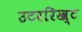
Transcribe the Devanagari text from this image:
उटररिख्ट